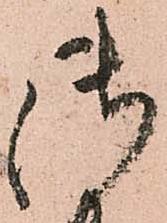
御